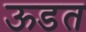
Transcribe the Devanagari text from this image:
ऊडत